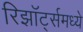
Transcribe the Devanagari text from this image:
रिझॉर्ट्‍समध्ये